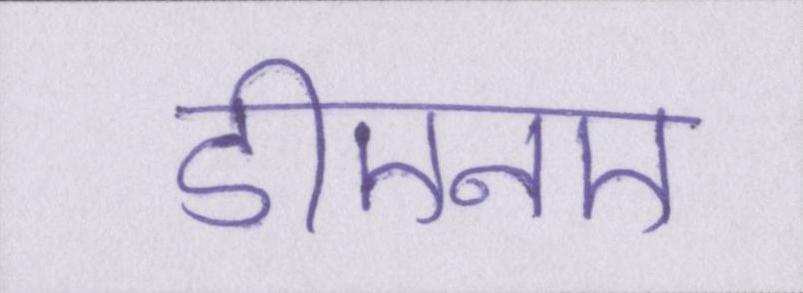
डीएनए